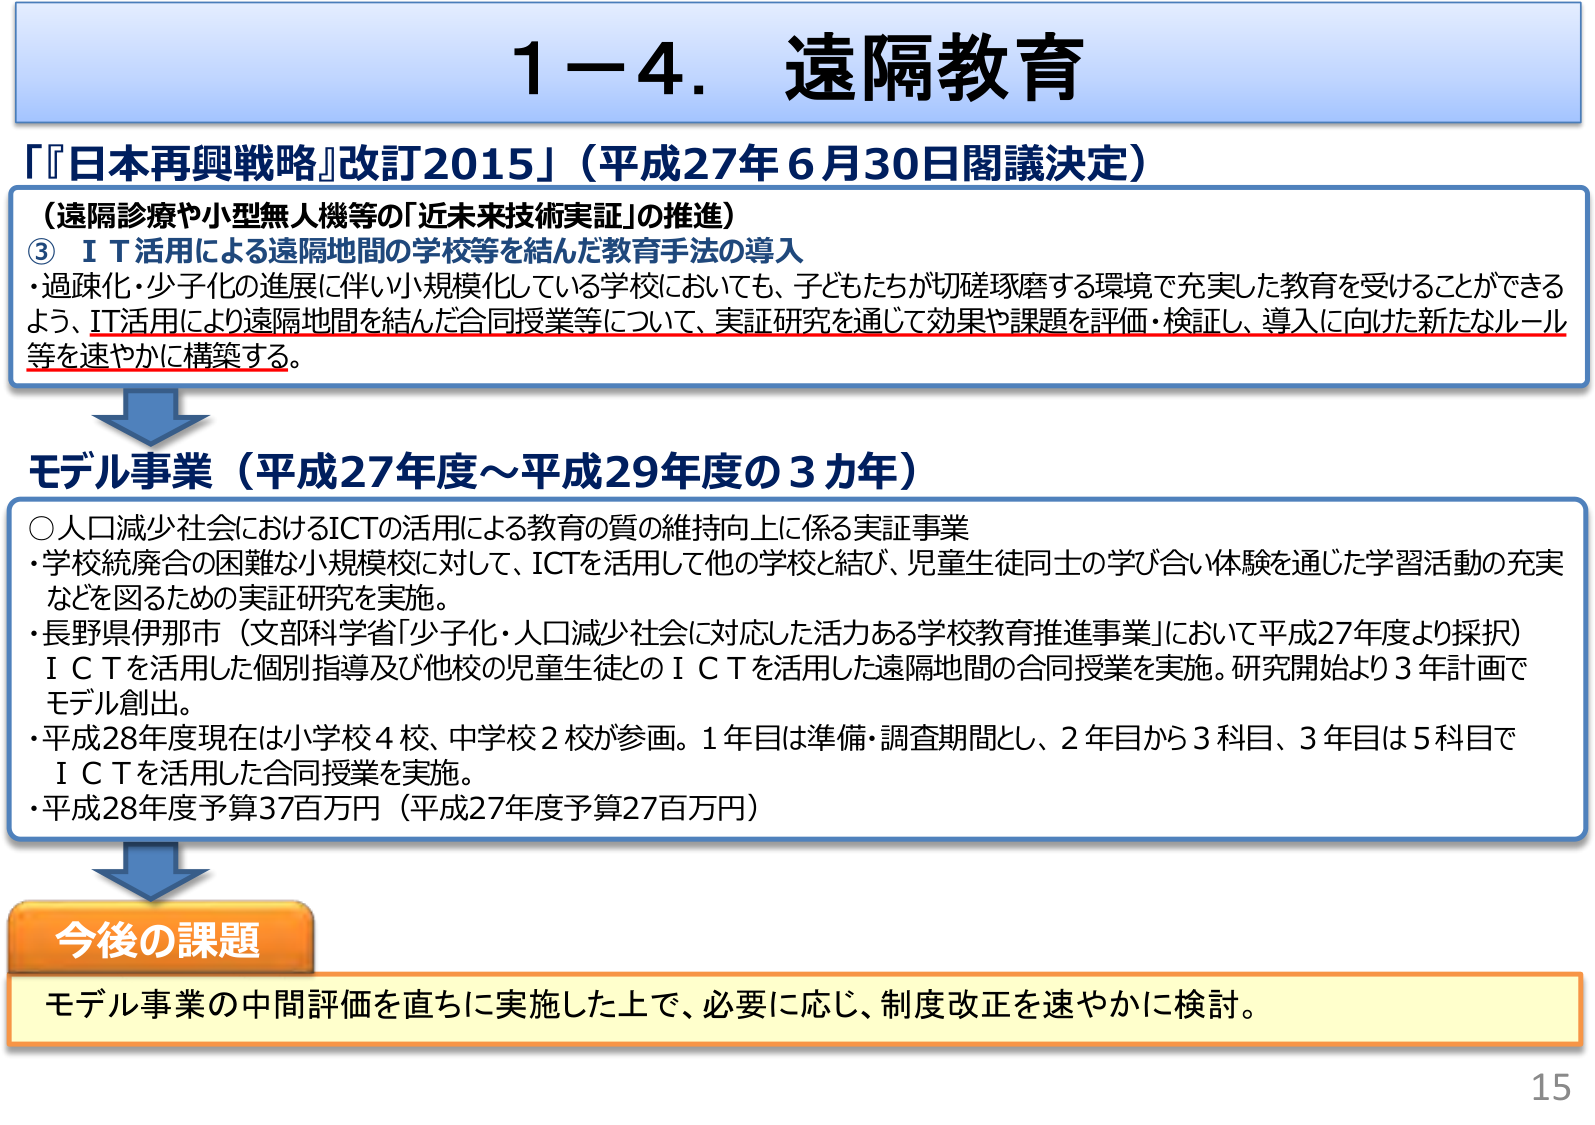
1－4．遠隔教育

『日本再興戦略』改訂2015」（平成27年6月30日閣議決定）

（遠隔診療や小型無人機等の「近未来技術実証」の推進）
③ ＩＴ活用による遠隔地間の学校等を結んだ教育手法の導入
・過疎化・少子化の進展に伴い小規模化している学校においても、子どもたちが切磋琢磨する環境で充実した教育を受けることができるよう、IT活用により遠隔地間を結んだ合同授業等について、実証研究を通じて効果や課題を評価・検証し、導入に向けた新たなルール等を速やかに構築する。

モデル事業（平成27年度～平成29年度の3カ年）
○人口減少社会におけるICTの活用による教育の質の維持向上に係る実証事業
・学校統廃合の困難な小規模校に対して、ICTを活用して他の学校と結び、児童生徒同士の学び合い体験を通じた学習活動の充実などを図るための実証研究を実施。
・長野県伊那市（文部科学省「少子化・人口減少社会に対応した活力ある学校教育推進事業」において平成27年度より採択）ＩＣＴを活用した個別指導及び他校の児童生徒とのＩＣＴを活用した遠隔地間の合同授業を実施。研究開始より3年計画でモデル創出。
・平成28年度現在は小学校4校、中学校2校が参画。1年目は準備・調査期間とし、2年目から3科目、3年目は5科目でＩＣＴを活用した合同授業を実施。
・平成28年度予算37百万円（平成27年度予算27百万円）

今後の課題
モデル事業の中間評価を直ちに実施した上で、必要に応じ、制度改正を速やかに検討。

15